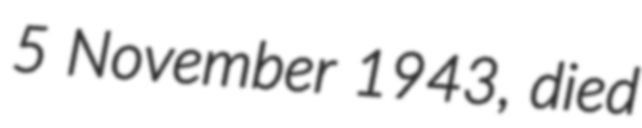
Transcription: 5 November 1943, died